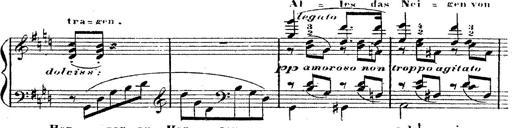
Title: 12 Lieder von Franz Schubert
Composer: Franz Liszt